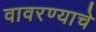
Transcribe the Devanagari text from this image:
वावरण्याचे